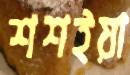
শশইয়া